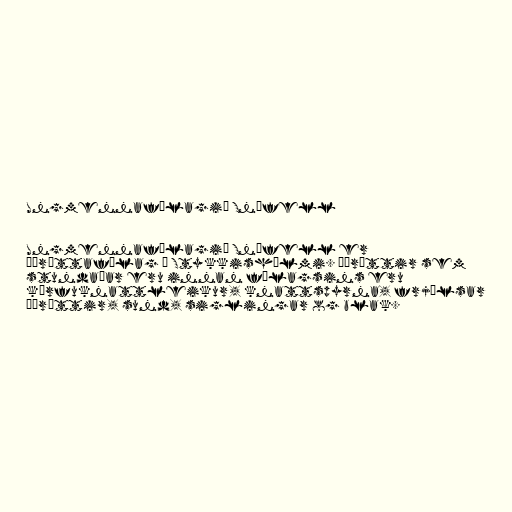
Ungmennafélagið Snæfell

Ungmennafélagið Snæfell er
íþróttafélag í Stykkishólmi. Íþróttir sem
stundaðar eru innan félagsins eru
körfuknattleikur, knattspyrna, frjálsar
íþróttir, sund, siglingar og blak.